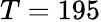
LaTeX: T=195